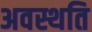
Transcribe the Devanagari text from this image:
अवस्थति